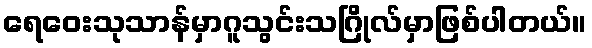
ရေဝေးသုသာန်မှာဂူသွင်းသဂြိုလ်မှာဖြစ်ပါတယ်။